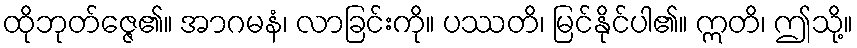
ထိုဘုတ်ဇ္ဇေ၏။ အာဂမနံ၊ လာခြင်းကို။ ပဿတိ၊ မြင်နိုင်ပါ၏။ ဣတိ၊ ဤသို့။